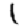
Digit: 1